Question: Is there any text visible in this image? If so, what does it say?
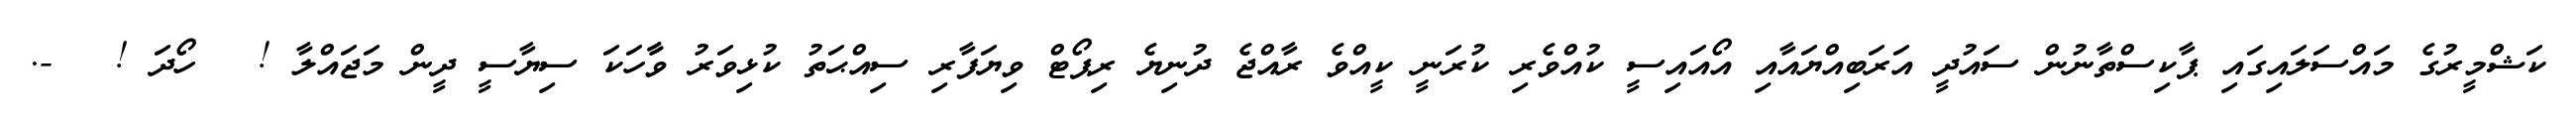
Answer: ކަޝްމީރުގެ މައްސަލައިގައި ޕާކިސްތާނުން ސައުދީ އަރަބިއްޔައާއި އޯއައިސީ ކުއްވެރި ކުރަނީ ކީއްވެ ރާއްޖެ ދުނިޔެ ރިޕޯޓް ވިޔަފާރި ސިއްޙަތު ކުޅިވަރު ވާާހަކަ ސިޔާސީ ދީން މަޖައްލާ ! ? ހޯދަ ! ? -.